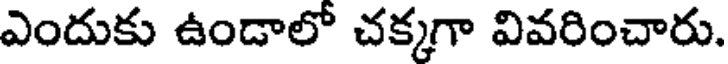
ఎందుకు ఉండాలో చక్కగా వివరించారు.